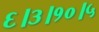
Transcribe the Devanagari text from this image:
६।३।१०।५